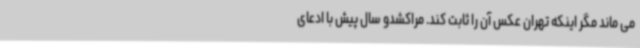
می ماند مگر اینکه تهران عکس آن را ثابت کند. مراکشدو سال پیش با ادعای